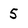
Character: 5